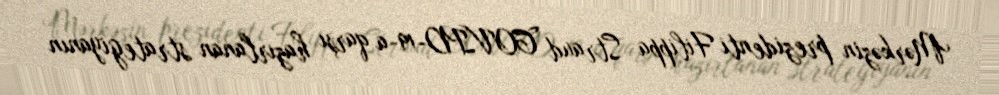
Mərkəzin prezidenti Filippa Straud COVID-19-a qarşı hazırlanan strategiyanın